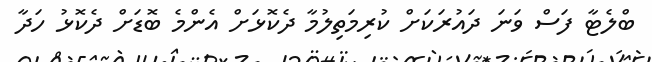
ބްލެޓާ ފަސް ވަނަ ދައުރަކަށް ކުރިމަތިލުމާ ދެކޮޅަށް އެންމެ ބޮޑަށް ދެކޮޅު ހަދާ